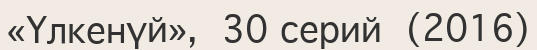
«Үлкенүй»,  30 серий  (2016)